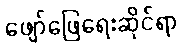
ဖျော်ဖြေရေးဆိုင်ရာ